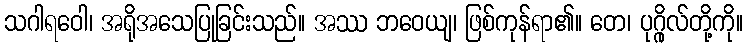
သဂါရဝေါ၊ အရိုအသေပြုခြင်းသည်။ အဿ ဘဝေယျ၊ ဖြစ်ကုန်ရာ၏။ တေ၊ ပုဂ္ဂိုလ်တို့ကို။